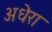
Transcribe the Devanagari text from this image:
अधेरा